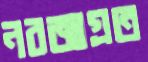
নবজাগ্রত